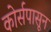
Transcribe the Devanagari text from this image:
कोर्सपासून